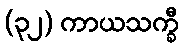
(၃၂) ကာယသက္ခီ